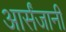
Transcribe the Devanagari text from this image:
आर्संजानी